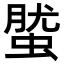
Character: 𧌌